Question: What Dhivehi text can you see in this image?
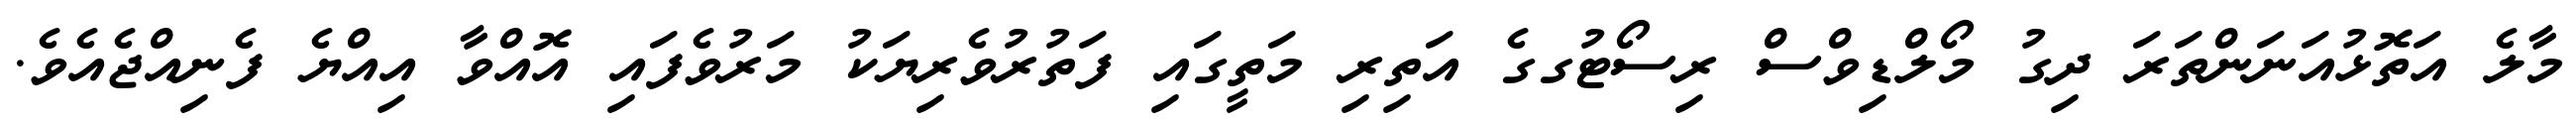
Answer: މާލެ އަތޮޅުއަނަންތަރަ ދިގު މޯލްޑިވްސް ރިސޯޓުގގެ އަތިރި މަތީގައި ފަތުރުވެރިޔަކު މަރުވެފައި އޮއްވާ އިއްޔެ ފެނިއްޖެއެވެ.